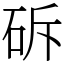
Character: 䂨